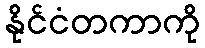
နိုင်ငံတကာကို